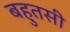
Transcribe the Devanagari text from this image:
बहुतसी